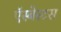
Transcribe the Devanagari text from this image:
ऍस्बेस्टस